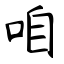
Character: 咱